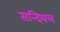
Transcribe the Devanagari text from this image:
सन्दियल